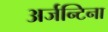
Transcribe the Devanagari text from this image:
अर्जन्टिना